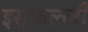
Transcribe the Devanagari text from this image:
इसूफल्ली